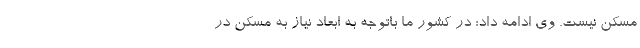
مسکن نیست. وی ادامه داد: در کشور ما باتوجه به ابعاد نیاز به مسکن در